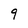
Character: 9